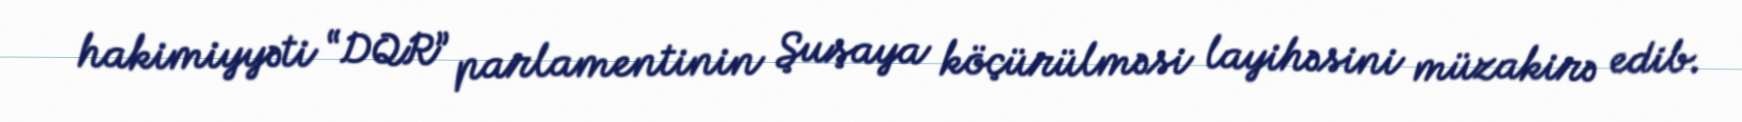
hakimiyyəti “DQR” parlamentinin Şuşaya köçürülməsi layihəsini müzakirə edib.